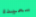
سعيده